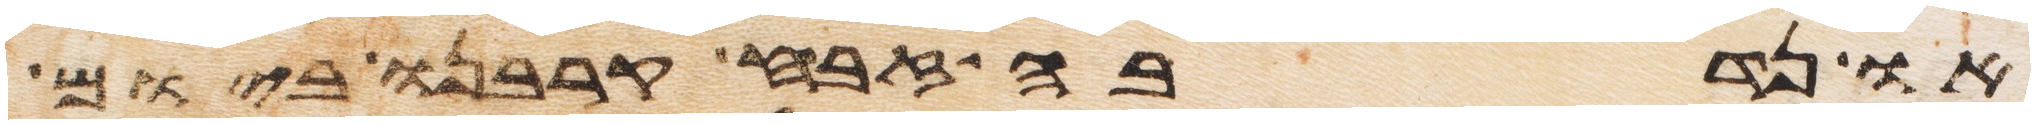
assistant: או נדבה זבח קרבנו ביום